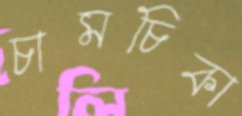
চামচিকা